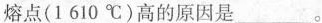
熔点(1610℃)高的原因是___